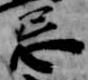
忌